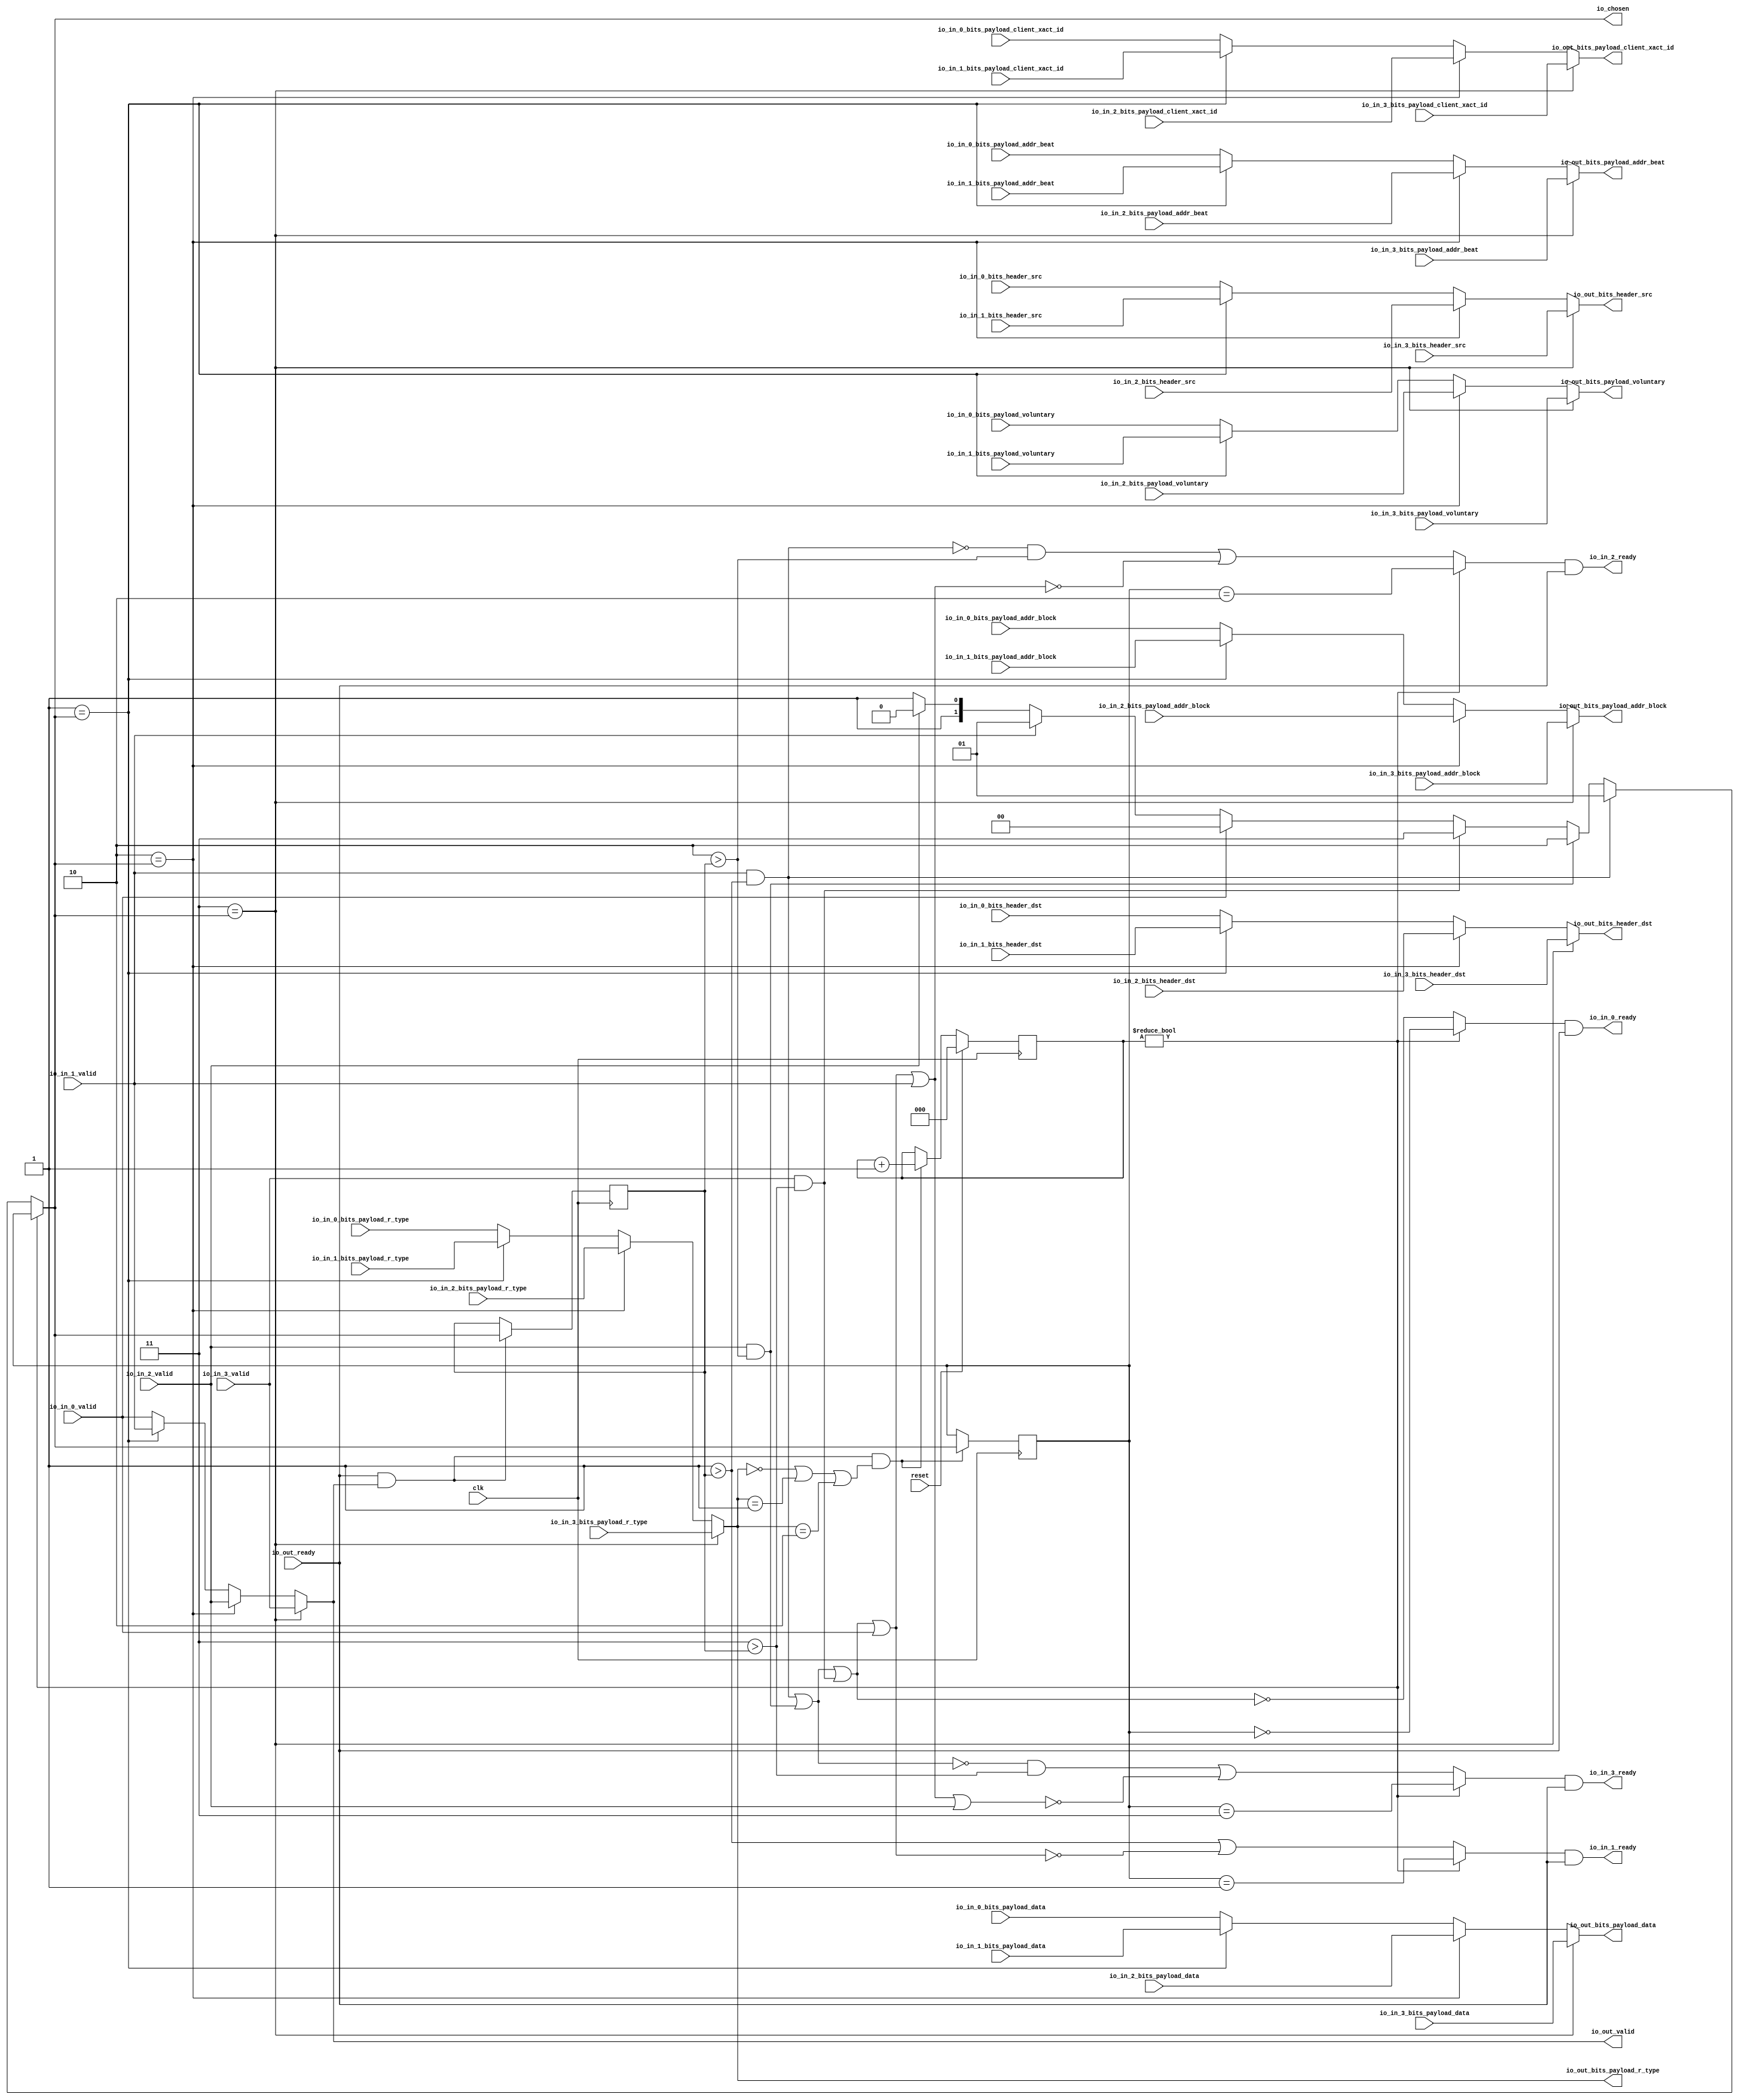
module LockingRRArbiter_1(
  input   clk,
  input   reset,
  output  io_in_0_ready,
  input   io_in_0_valid,
  input  [1:0] io_in_0_bits_header_src,
  input  [1:0] io_in_0_bits_header_dst,
  input  [2:0] io_in_0_bits_payload_addr_beat,
  input  [25:0] io_in_0_bits_payload_addr_block,
  input   io_in_0_bits_payload_client_xact_id,
  input   io_in_0_bits_payload_voluntary,
  input  [2:0] io_in_0_bits_payload_r_type,
  input  [63:0] io_in_0_bits_payload_data,
  output  io_in_1_ready,
  input   io_in_1_valid,
  input  [1:0] io_in_1_bits_header_src,
  input  [1:0] io_in_1_bits_header_dst,
  input  [2:0] io_in_1_bits_payload_addr_beat,
  input  [25:0] io_in_1_bits_payload_addr_block,
  input   io_in_1_bits_payload_client_xact_id,
  input   io_in_1_bits_payload_voluntary,
  input  [2:0] io_in_1_bits_payload_r_type,
  input  [63:0] io_in_1_bits_payload_data,
  output  io_in_2_ready,
  input   io_in_2_valid,
  input  [1:0] io_in_2_bits_header_src,
  input  [1:0] io_in_2_bits_header_dst,
  input  [2:0] io_in_2_bits_payload_addr_beat,
  input  [25:0] io_in_2_bits_payload_addr_block,
  input   io_in_2_bits_payload_client_xact_id,
  input   io_in_2_bits_payload_voluntary,
  input  [2:0] io_in_2_bits_payload_r_type,
  input  [63:0] io_in_2_bits_payload_data,
  output  io_in_3_ready,
  input   io_in_3_valid,
  input  [1:0] io_in_3_bits_header_src,
  input  [1:0] io_in_3_bits_header_dst,
  input  [2:0] io_in_3_bits_payload_addr_beat,
  input  [25:0] io_in_3_bits_payload_addr_block,
  input   io_in_3_bits_payload_client_xact_id,
  input   io_in_3_bits_payload_voluntary,
  input  [2:0] io_in_3_bits_payload_r_type,
  input  [63:0] io_in_3_bits_payload_data,
  input   io_out_ready,
  output  io_out_valid,
  output [1:0] io_out_bits_header_src,
  output [1:0] io_out_bits_header_dst,
  output [2:0] io_out_bits_payload_addr_beat,
  output [25:0] io_out_bits_payload_addr_block,
  output  io_out_bits_payload_client_xact_id,
  output  io_out_bits_payload_voluntary,
  output [2:0] io_out_bits_payload_r_type,
  output [63:0] io_out_bits_payload_data,
  output [1:0] io_chosen
);
  wire [1:0] choice;
  wire  GEN_0;
  wire  GEN_9;
  wire  GEN_10;
  wire  GEN_11;
  wire [1:0] GEN_1;
  wire [1:0] GEN_12;
  wire [1:0] GEN_13;
  wire [1:0] GEN_14;
  wire [1:0] GEN_2;
  wire [1:0] GEN_15;
  wire [1:0] GEN_16;
  wire [1:0] GEN_17;
  wire [2:0] GEN_3;
  wire [2:0] GEN_18;
  wire [2:0] GEN_19;
  wire [2:0] GEN_20;
  wire [25:0] GEN_4;
  wire [25:0] GEN_21;
  wire [25:0] GEN_22;
  wire [25:0] GEN_23;
  wire  GEN_5;
  wire  GEN_24;
  wire  GEN_25;
  wire  GEN_26;
  wire  GEN_6;
  wire  GEN_27;
  wire  GEN_28;
  wire  GEN_29;
  wire [2:0] GEN_7;
  wire [2:0] GEN_30;
  wire [2:0] GEN_31;
  wire [2:0] GEN_32;
  wire [63:0] GEN_8;
  wire [63:0] GEN_33;
  wire [63:0] GEN_34;
  wire [63:0] GEN_35;
  reg [2:0] T_1100;
  reg [31:0] GEN_46;
  reg [1:0] T_1102;
  reg [31:0] GEN_47;
  wire  T_1104;
  wire  T_1106;
  wire  T_1107;
  wire  T_1108;
  wire  T_1109;
  wire  T_1110;
  wire  T_1112;
  wire  T_1113;
  wire [3:0] T_1117;
  wire [2:0] T_1118;
  wire [1:0] GEN_36;
  wire [2:0] GEN_37;
  wire [1:0] GEN_38;
  reg [1:0] lastGrant;
  reg [31:0] GEN_48;
  wire [1:0] GEN_39;
  wire  T_1123;
  wire  T_1125;
  wire  T_1127;
  wire  T_1129;
  wire  T_1130;
  wire  T_1131;
  wire  T_1134;
  wire  T_1135;
  wire  T_1136;
  wire  T_1137;
  wire  T_1138;
  wire  T_1142;
  wire  T_1144;
  wire  T_1146;
  wire  T_1148;
  wire  T_1150;
  wire  T_1152;
  wire  T_1156;
  wire  T_1157;
  wire  T_1158;
  wire  T_1159;
  wire  T_1160;
  wire  T_1162;
  wire  T_1163;
  wire  T_1164;
  wire  T_1166;
  wire  T_1167;
  wire  T_1168;
  wire  T_1170;
  wire  T_1171;
  wire  T_1172;
  wire  T_1174;
  wire  T_1175;
  wire  T_1176;
  wire [1:0] GEN_40;
  wire [1:0] GEN_41;
  wire [1:0] GEN_42;
  wire [1:0] GEN_43;
  wire [1:0] GEN_44;
  wire [1:0] GEN_45;
  assign io_in_0_ready = T_1164;
  assign io_in_1_ready = T_1168;
  assign io_in_2_ready = T_1172;
  assign io_in_3_ready = T_1176;
  assign io_out_valid = GEN_0;
  assign io_out_bits_header_src = GEN_1;
  assign io_out_bits_header_dst = GEN_2;
  assign io_out_bits_payload_addr_beat = GEN_3;
  assign io_out_bits_payload_addr_block = GEN_4;
  assign io_out_bits_payload_client_xact_id = GEN_5;
  assign io_out_bits_payload_voluntary = GEN_6;
  assign io_out_bits_payload_r_type = GEN_7;
  assign io_out_bits_payload_data = GEN_8;
  assign io_chosen = GEN_38;
  assign choice = GEN_45;
  assign GEN_0 = GEN_11;
  assign GEN_9 = 2'h1 == io_chosen ? io_in_1_valid : io_in_0_valid;
  assign GEN_10 = 2'h2 == io_chosen ? io_in_2_valid : GEN_9;
  assign GEN_11 = 2'h3 == io_chosen ? io_in_3_valid : GEN_10;
  assign GEN_1 = GEN_14;
  assign GEN_12 = 2'h1 == io_chosen ? io_in_1_bits_header_src : io_in_0_bits_header_src;
  assign GEN_13 = 2'h2 == io_chosen ? io_in_2_bits_header_src : GEN_12;
  assign GEN_14 = 2'h3 == io_chosen ? io_in_3_bits_header_src : GEN_13;
  assign GEN_2 = GEN_17;
  assign GEN_15 = 2'h1 == io_chosen ? io_in_1_bits_header_dst : io_in_0_bits_header_dst;
  assign GEN_16 = 2'h2 == io_chosen ? io_in_2_bits_header_dst : GEN_15;
  assign GEN_17 = 2'h3 == io_chosen ? io_in_3_bits_header_dst : GEN_16;
  assign GEN_3 = GEN_20;
  assign GEN_18 = 2'h1 == io_chosen ? io_in_1_bits_payload_addr_beat : io_in_0_bits_payload_addr_beat;
  assign GEN_19 = 2'h2 == io_chosen ? io_in_2_bits_payload_addr_beat : GEN_18;
  assign GEN_20 = 2'h3 == io_chosen ? io_in_3_bits_payload_addr_beat : GEN_19;
  assign GEN_4 = GEN_23;
  assign GEN_21 = 2'h1 == io_chosen ? io_in_1_bits_payload_addr_block : io_in_0_bits_payload_addr_block;
  assign GEN_22 = 2'h2 == io_chosen ? io_in_2_bits_payload_addr_block : GEN_21;
  assign GEN_23 = 2'h3 == io_chosen ? io_in_3_bits_payload_addr_block : GEN_22;
  assign GEN_5 = GEN_26;
  assign GEN_24 = 2'h1 == io_chosen ? io_in_1_bits_payload_client_xact_id : io_in_0_bits_payload_client_xact_id;
  assign GEN_25 = 2'h2 == io_chosen ? io_in_2_bits_payload_client_xact_id : GEN_24;
  assign GEN_26 = 2'h3 == io_chosen ? io_in_3_bits_payload_client_xact_id : GEN_25;
  assign GEN_6 = GEN_29;
  assign GEN_27 = 2'h1 == io_chosen ? io_in_1_bits_payload_voluntary : io_in_0_bits_payload_voluntary;
  assign GEN_28 = 2'h2 == io_chosen ? io_in_2_bits_payload_voluntary : GEN_27;
  assign GEN_29 = 2'h3 == io_chosen ? io_in_3_bits_payload_voluntary : GEN_28;
  assign GEN_7 = GEN_32;
  assign GEN_30 = 2'h1 == io_chosen ? io_in_1_bits_payload_r_type : io_in_0_bits_payload_r_type;
  assign GEN_31 = 2'h2 == io_chosen ? io_in_2_bits_payload_r_type : GEN_30;
  assign GEN_32 = 2'h3 == io_chosen ? io_in_3_bits_payload_r_type : GEN_31;
  assign GEN_8 = GEN_35;
  assign GEN_33 = 2'h1 == io_chosen ? io_in_1_bits_payload_data : io_in_0_bits_payload_data;
  assign GEN_34 = 2'h2 == io_chosen ? io_in_2_bits_payload_data : GEN_33;
  assign GEN_35 = 2'h3 == io_chosen ? io_in_3_bits_payload_data : GEN_34;
  assign T_1104 = T_1100 != 3'h0;
  assign T_1106 = io_out_bits_payload_r_type == 3'h0;
  assign T_1107 = io_out_bits_payload_r_type == 3'h1;
  assign T_1108 = io_out_bits_payload_r_type == 3'h2;
  assign T_1109 = T_1106 | T_1107;
  assign T_1110 = T_1109 | T_1108;
  assign T_1112 = io_out_ready & io_out_valid;
  assign T_1113 = T_1112 & T_1110;
  assign T_1117 = T_1100 + 3'h1;
  assign T_1118 = T_1117[2:0];
  assign GEN_36 = T_1113 ? io_chosen : T_1102;
  assign GEN_37 = T_1113 ? T_1118 : T_1100;
  assign GEN_38 = T_1104 ? T_1102 : choice;
  assign GEN_39 = T_1112 ? io_chosen : lastGrant;
  assign T_1123 = 2'h1 > lastGrant;
  assign T_1125 = 2'h2 > lastGrant;
  assign T_1127 = 2'h3 > lastGrant;
  assign T_1129 = io_in_1_valid & T_1123;
  assign T_1130 = io_in_2_valid & T_1125;
  assign T_1131 = io_in_3_valid & T_1127;
  assign T_1134 = T_1129 | T_1130;
  assign T_1135 = T_1134 | T_1131;
  assign T_1136 = T_1135 | io_in_0_valid;
  assign T_1137 = T_1136 | io_in_1_valid;
  assign T_1138 = T_1137 | io_in_2_valid;
  assign T_1142 = T_1129 == 1'h0;
  assign T_1144 = T_1134 == 1'h0;
  assign T_1146 = T_1135 == 1'h0;
  assign T_1148 = T_1136 == 1'h0;
  assign T_1150 = T_1137 == 1'h0;
  assign T_1152 = T_1138 == 1'h0;
  assign T_1156 = T_1123 | T_1148;
  assign T_1157 = T_1142 & T_1125;
  assign T_1158 = T_1157 | T_1150;
  assign T_1159 = T_1144 & T_1127;
  assign T_1160 = T_1159 | T_1152;
  assign T_1162 = T_1102 == 2'h0;
  assign T_1163 = T_1104 ? T_1162 : T_1146;
  assign T_1164 = T_1163 & io_out_ready;
  assign T_1166 = T_1102 == 2'h1;
  assign T_1167 = T_1104 ? T_1166 : T_1156;
  assign T_1168 = T_1167 & io_out_ready;
  assign T_1170 = T_1102 == 2'h2;
  assign T_1171 = T_1104 ? T_1170 : T_1158;
  assign T_1172 = T_1171 & io_out_ready;
  assign T_1174 = T_1102 == 2'h3;
  assign T_1175 = T_1104 ? T_1174 : T_1160;
  assign T_1176 = T_1175 & io_out_ready;
  assign GEN_40 = io_in_2_valid ? 2'h2 : 2'h3;
  assign GEN_41 = io_in_1_valid ? 2'h1 : GEN_40;
  assign GEN_42 = io_in_0_valid ? 2'h0 : GEN_41;
  assign GEN_43 = T_1131 ? 2'h3 : GEN_42;
  assign GEN_44 = T_1130 ? 2'h2 : GEN_43;
  assign GEN_45 = T_1129 ? 2'h1 : GEN_44;
`ifdef RANDOMIZE
  integer initvar;
  initial begin
    `ifndef verilator
      #0.002;
    `endif
  `ifdef RANDOMIZE
  GEN_46 = {1{$random}};
  T_1100 = GEN_46[2:0];
  `endif
  `ifdef RANDOMIZE
  GEN_47 = {1{$random}};
  T_1102 = GEN_47[1:0];
  `endif
  `ifdef RANDOMIZE
  GEN_48 = {1{$random}};
  lastGrant = GEN_48[1:0];
  `endif
  end
`endif
  always @(posedge clk) begin
    if(reset) begin
      T_1100 <= 3'h0;
    end else begin
      if(T_1113) begin
        T_1100 <= T_1118;
      end
    end
    if(1'h0) begin
    end else begin
      if(T_1113) begin
        T_1102 <= io_chosen;
      end
    end
    if(1'h0) begin
    end else begin
      if(T_1112) begin
        lastGrant <= io_chosen;
      end
    end
  end
endmodule